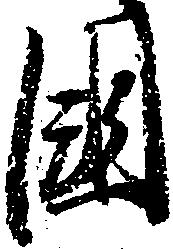
国